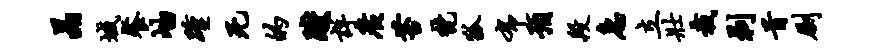
晶域餐岫踵死的躞详广苔梵狐布预段急立壮裁剥首劂